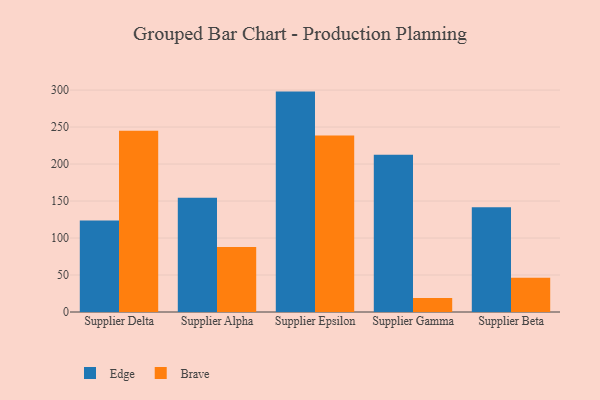
{"axis": {"x": "Supplier", "y": "LTV (USD)"}, "legend": ["Brave", "Edge"], "data": [{"x": "Supplier Delta", "y": 123.8, "type": "Edge"}, {"x": "Supplier Delta", "y": 245.0, "type": "Brave"}, {"x": "Supplier Alpha", "y": 154.3, "type": "Edge"}, {"x": "Supplier Alpha", "y": 87.7, "type": "Brave"}, {"x": "Supplier Epsilon", "y": 297.9, "type": "Edge"}, {"x": "Supplier Epsilon", "y": 238.5, "type": "Brave"}, {"x": "Supplier Gamma", "y": 212.4, "type": "Edge"}, {"x": "Supplier Gamma", "y": 19.0, "type": "Brave"}, {"x": "Supplier Beta", "y": 141.5, "type": "Edge"}, {"x": "Supplier Beta", "y": 46.3, "type": "Brave"}]}